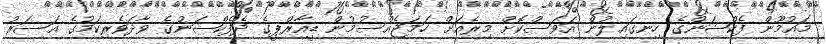
މައުމޫން ފެކްޝަންގެ ހިނގައިލުން އަވަސްކޮށް މިރެއަށް ހަމަޖެއްސުމުން ޑީއާރްޕީގެ ދެފެކްޝަނުގެ ވާދަވެރިކަމުގެ އަސަރު